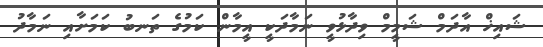
ޝައިޚް އާދަމް ޝަމީމް ވިދާޅުވީ ނަމާދަކީ އީމާން ކަމުގެ ތަނބު ކަމަށާއި ނަމާދު